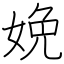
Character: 娩